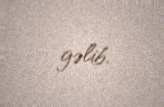
gəlib.